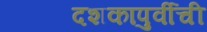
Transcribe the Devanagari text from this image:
दशकापुर्वीची